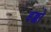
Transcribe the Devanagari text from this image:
डब्बो